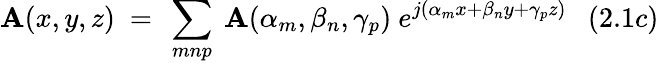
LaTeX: \mathbf{A}(x,y,z)~=~\sum_{mnp}~\mathbf{A}(\alpha_{m},\beta_{n},\gamma_{p})~e^{j(\alpha_{m}x+\beta_{n}y+\gamma_{p}z)}~~~(2.1c)